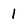
Character: 1